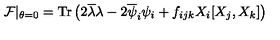
{ \cal F } \vert _ { \theta = 0 } = \mathrm { T r } \left( 2 \overline { { \lambda } } \lambda - 2 \overline { { \psi } } _ { i } \psi _ { i } + f _ { i j k } X _ { i } [ X _ { j } , X _ { k } ] \right)